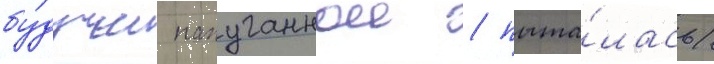
бу́дучи напуганнои / пыта́лась